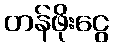
တန်ဖိုးငွေ